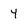
Character: 4